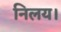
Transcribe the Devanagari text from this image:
निलय।